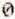
0